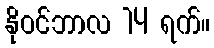
နိုဝင်ဘာလ 14 ရက်။